Vaccination United Provinces of Agra and Oudh 1923-1928 - 1923-1928
Year: 1923
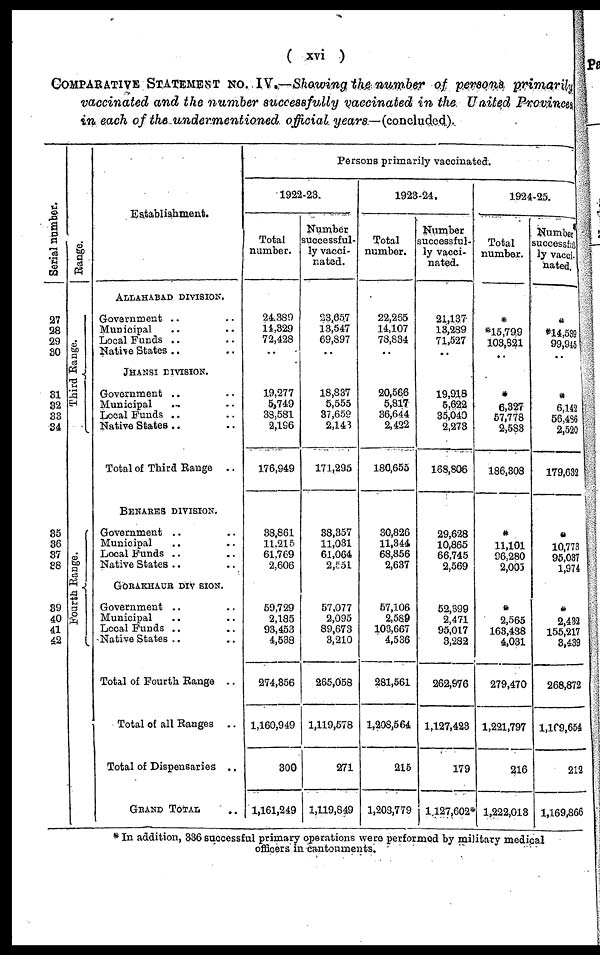
( xvi )
COMPARATIVE STATEMENT NO. IV.—Showing the number of persons primarily
vaccinated and the number successfully vaccinated in the United Provinces
in each of the undermentioned official years.—(concluded).
Serial number.
27
28
29
30
31
32
33
34
35
36
37
38
39
40
41
42
Range.
Third Range.
Fourth Range.
Establishment.
ALLAHABAD DIVISION.
Government .. ..
Municipal .. ..
Local Funds .. ..
Native States .. ..
JHANSI DIVISION.
Government .. ..
Municipal .. ..
Local Funds .. ..
Native States .. ..
Total of Third Range
..
BENARES DIVISION.
Government .. ..
Municipal .. ..
Local Funds .. ..
Native States .. ..
GORAKHPUR DIVISION.
Government .. ..
Municipal .. ..
Local Funds .. ..
Native States .. ..
Total of Fourth Range ..
Total of all Ranges
..
Total of Dispensaries ..
GRAND TOTAL ..
Persons primarily vaccinated.
1922-23.
Total
number.
24,389
14,329
72,428
..
19,277
5,749
38,581
2,196
176,949
38,861
11,215
61,769
2,606
59,729
2,185
93,453
4,538
274,356
1,160,949
300
1,161,249
Number
successful-
ly vacci-
nated.
23,657
13,547
69,897
..
18,837
5,555
37,659
2,143
171,295
38,357
11,031
61,064
2,551
57,077
2,095
89,673
3,210
265,058
1,119,578
271
1,119,849
1923-24.
Total
number.
22,265
14,107
78,834
..
20,566
5,817
36,644
2,422
180,655
30,826
11,344
68,856
2,637
57,106
2,589
103,667
4,536
281,561
1,208,564
215
1,203,779
Number
successful-
ly vacci-
nated.
21,137
13,289
71,527
..
19,918
5,622
35,040
2,273
168,806
29,628
10,865
66,745
2,569
52,399
2,471
95,017
3,282
262,976
1,127,423
179
1,127,602*
1924-25.
Total
number.
*
*15,799
103,821
..
..
6,327
57,778
2,583
186,308
*
11,101
96,280
2,005
*
2,565
163,488
4,031
279,470
1,221,797
216
1,222,013
Number
successful¬
ly vacci¬
hated.
*
*14,539
99,945
..
*
6,142
56,486
2,520
179,632
*
10,773
95,037
1,974
*
2,432
155,217
3,439
268,872
1,109,654
212
1,169,866
* In addition, 336 successful primary operations were performed by military medical
officers in cantonments.